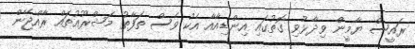
ރައީސް ޔާމީން ވިދާޅުވި ގޮތުގައި އިންޑިއާއާ އެކު ވެސް ތަފާތު މަޝްރޫއުތައް ރާއްޖޭން